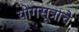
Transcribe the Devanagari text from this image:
योगसूत्राचे